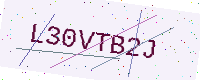
Text: L30VTB2J